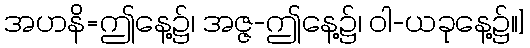
အဟနိ=ဤနေ့၌၊ အဇ္ဇ-ဤနေ့၌၊ ဝါ-ယခုနေ့၌။]